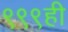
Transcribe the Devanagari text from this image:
९९९ही